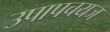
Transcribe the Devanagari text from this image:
उपापचयज